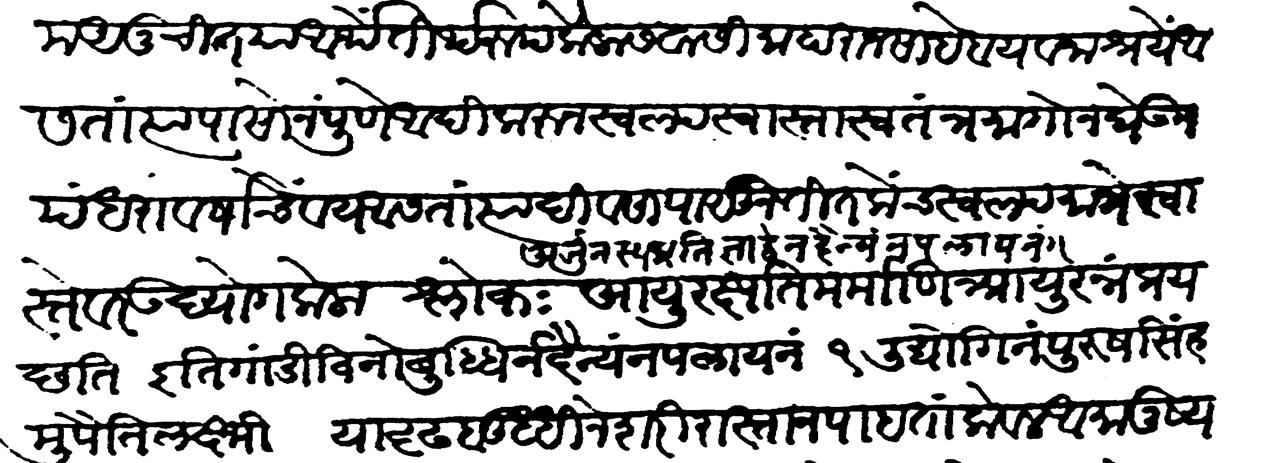
Transliteration (Devanagari): परम अनुचित या आर्थें तीर्थरूप कैलासवासी महाराज साहेब यवनाश्रयें आसता त्यापासोन पुणें आदिकरून स्वल्प स्वास्ता स्वतंत्र मागोन घेऊन पंधरा वर्षचि वय आसतां त्या दिवसापासून तितकेच स्वल्पमात्रे स्वास्तेवर उद्योग केला अर्जुनस्य प्रतिज्ञे द्वे न दैन्यं न पलायनम् अयू रक्षति मर्माणि आयुरन्नंप्रयच्छति इति गांडीविनो बुद्धिर्न दैन्यं न पलायनम् उद्योगिनं पुरुषसिंहमुपैति लक्ष्मीः या दृढ बुद्धीने शरीरास्ता न पाहतां केवळ अमानुष्य